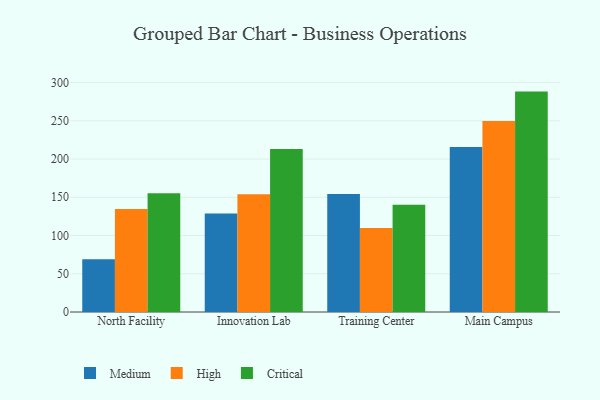
{"axis": {"x": "Campus", "y": "Demand Index"}, "legend": ["Critical", "High", "Medium"], "data": [{"x": "North Facility", "y": 69.0, "type": "Medium"}, {"x": "North Facility", "y": 134.8, "type": "High"}, {"x": "North Facility", "y": 155.2, "type": "Critical"}, {"x": "Innovation Lab", "y": 128.7, "type": "Medium"}, {"x": "Innovation Lab", "y": 153.9, "type": "High"}, {"x": "Innovation Lab", "y": 213.2, "type": "Critical"}, {"x": "Training Center", "y": 154.3, "type": "Medium"}, {"x": "Training Center", "y": 109.7, "type": "High"}, {"x": "Training Center", "y": 140.1, "type": "Critical"}, {"x": "Main Campus", "y": 215.9, "type": "Medium"}, {"x": "Main Campus", "y": 249.7, "type": "High"}, {"x": "Main Campus", "y": 288.2, "type": "Critical"}]}